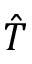
\hat { T }